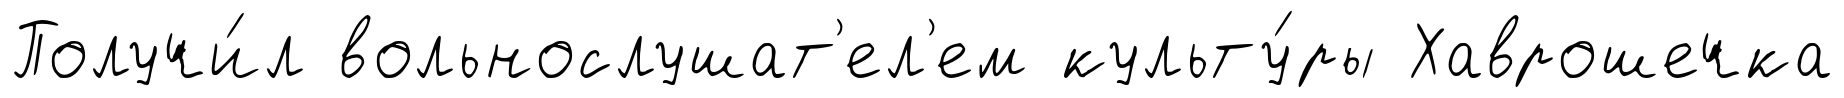
Получи́л вольнослушат'ел'ем культу́ры Хаврошечка